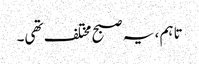
تاہم ، یہ صبح مختلف تھی۔